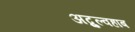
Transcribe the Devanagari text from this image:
अब्दुल्वहाब